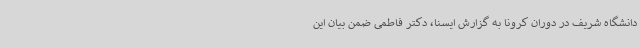
دانشگاه شریف در دوران کرونا به گزارش ایسنا، دکتر فاطمی ضمن بیان این